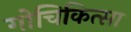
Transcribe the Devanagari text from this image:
गोचिकित्सा